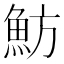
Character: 魴